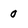
Character: 0